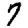
Digit: 7